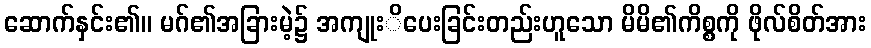
ဆောက်နှင်း၏။ မဂ်၏အခြားမဲ့၌ အကျုးိပေးခြင်းတည်းဟူသော မိမိ၏ကိစ္စကို ဖိုလ်စိတ်အား